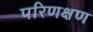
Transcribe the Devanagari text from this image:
परिणक्षण